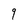
Character: 9